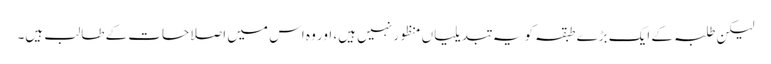
لیکن طلبہ کے ایک بڑے طبقہ کو یہ تبدیلیاں منظور نہیں ہیں، اور وہ اس میں اصلاحات کے طالب ہیں۔